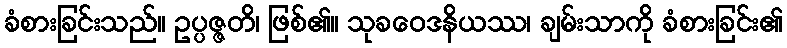
ခံစားခြင်းသည်။ ဥပ္ပဇ္ဇတိ၊ ဖြစ်၏။ သုခဝေဒနိယဿ၊ ချမ်းသာကို ခံစားခြင်း၏